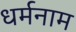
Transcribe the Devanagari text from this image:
धर्मनाम